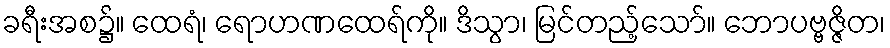
ခရီးအစ၌။ ထေရံ၊ ရောဟဏထေရ်ကို။ ဒိသွာ၊ မြင်တည့်သော်။ ဘောပဗ္ဗဇ္ဇိတ၊